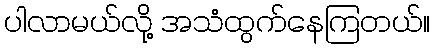
ပါလာမယ်လို့ အသံထွက်နေကြတယ်။